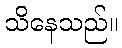
သိနေသည်။